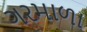
ગરમાળા